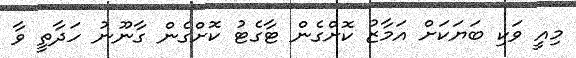
މިއީ ވަކި ބަޔަކަށް އަމާޒު ކޮށްގެން ޓާގެޓު ކޮށްގެން ގާނޫނު ހަދާތީ ވާ